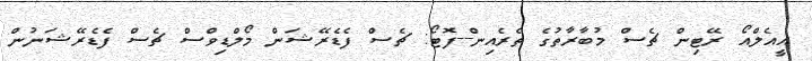
އީއެލްއޯ ރޭޓިން ޗެސް މުބާރާތުގެ ތެރެއިން--ފޮޓޯ: ޗެސް ފެޑެރޭޝަން މޯލްޑިވްސް ޗެސް ފެޑެރޭޝަނުން